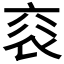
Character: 𧘳